341_110677_Numerical_File,_5-2500
Agency: Department of War
Incident date: 10/14/55
Incident location: Azerbaijan
Page 7
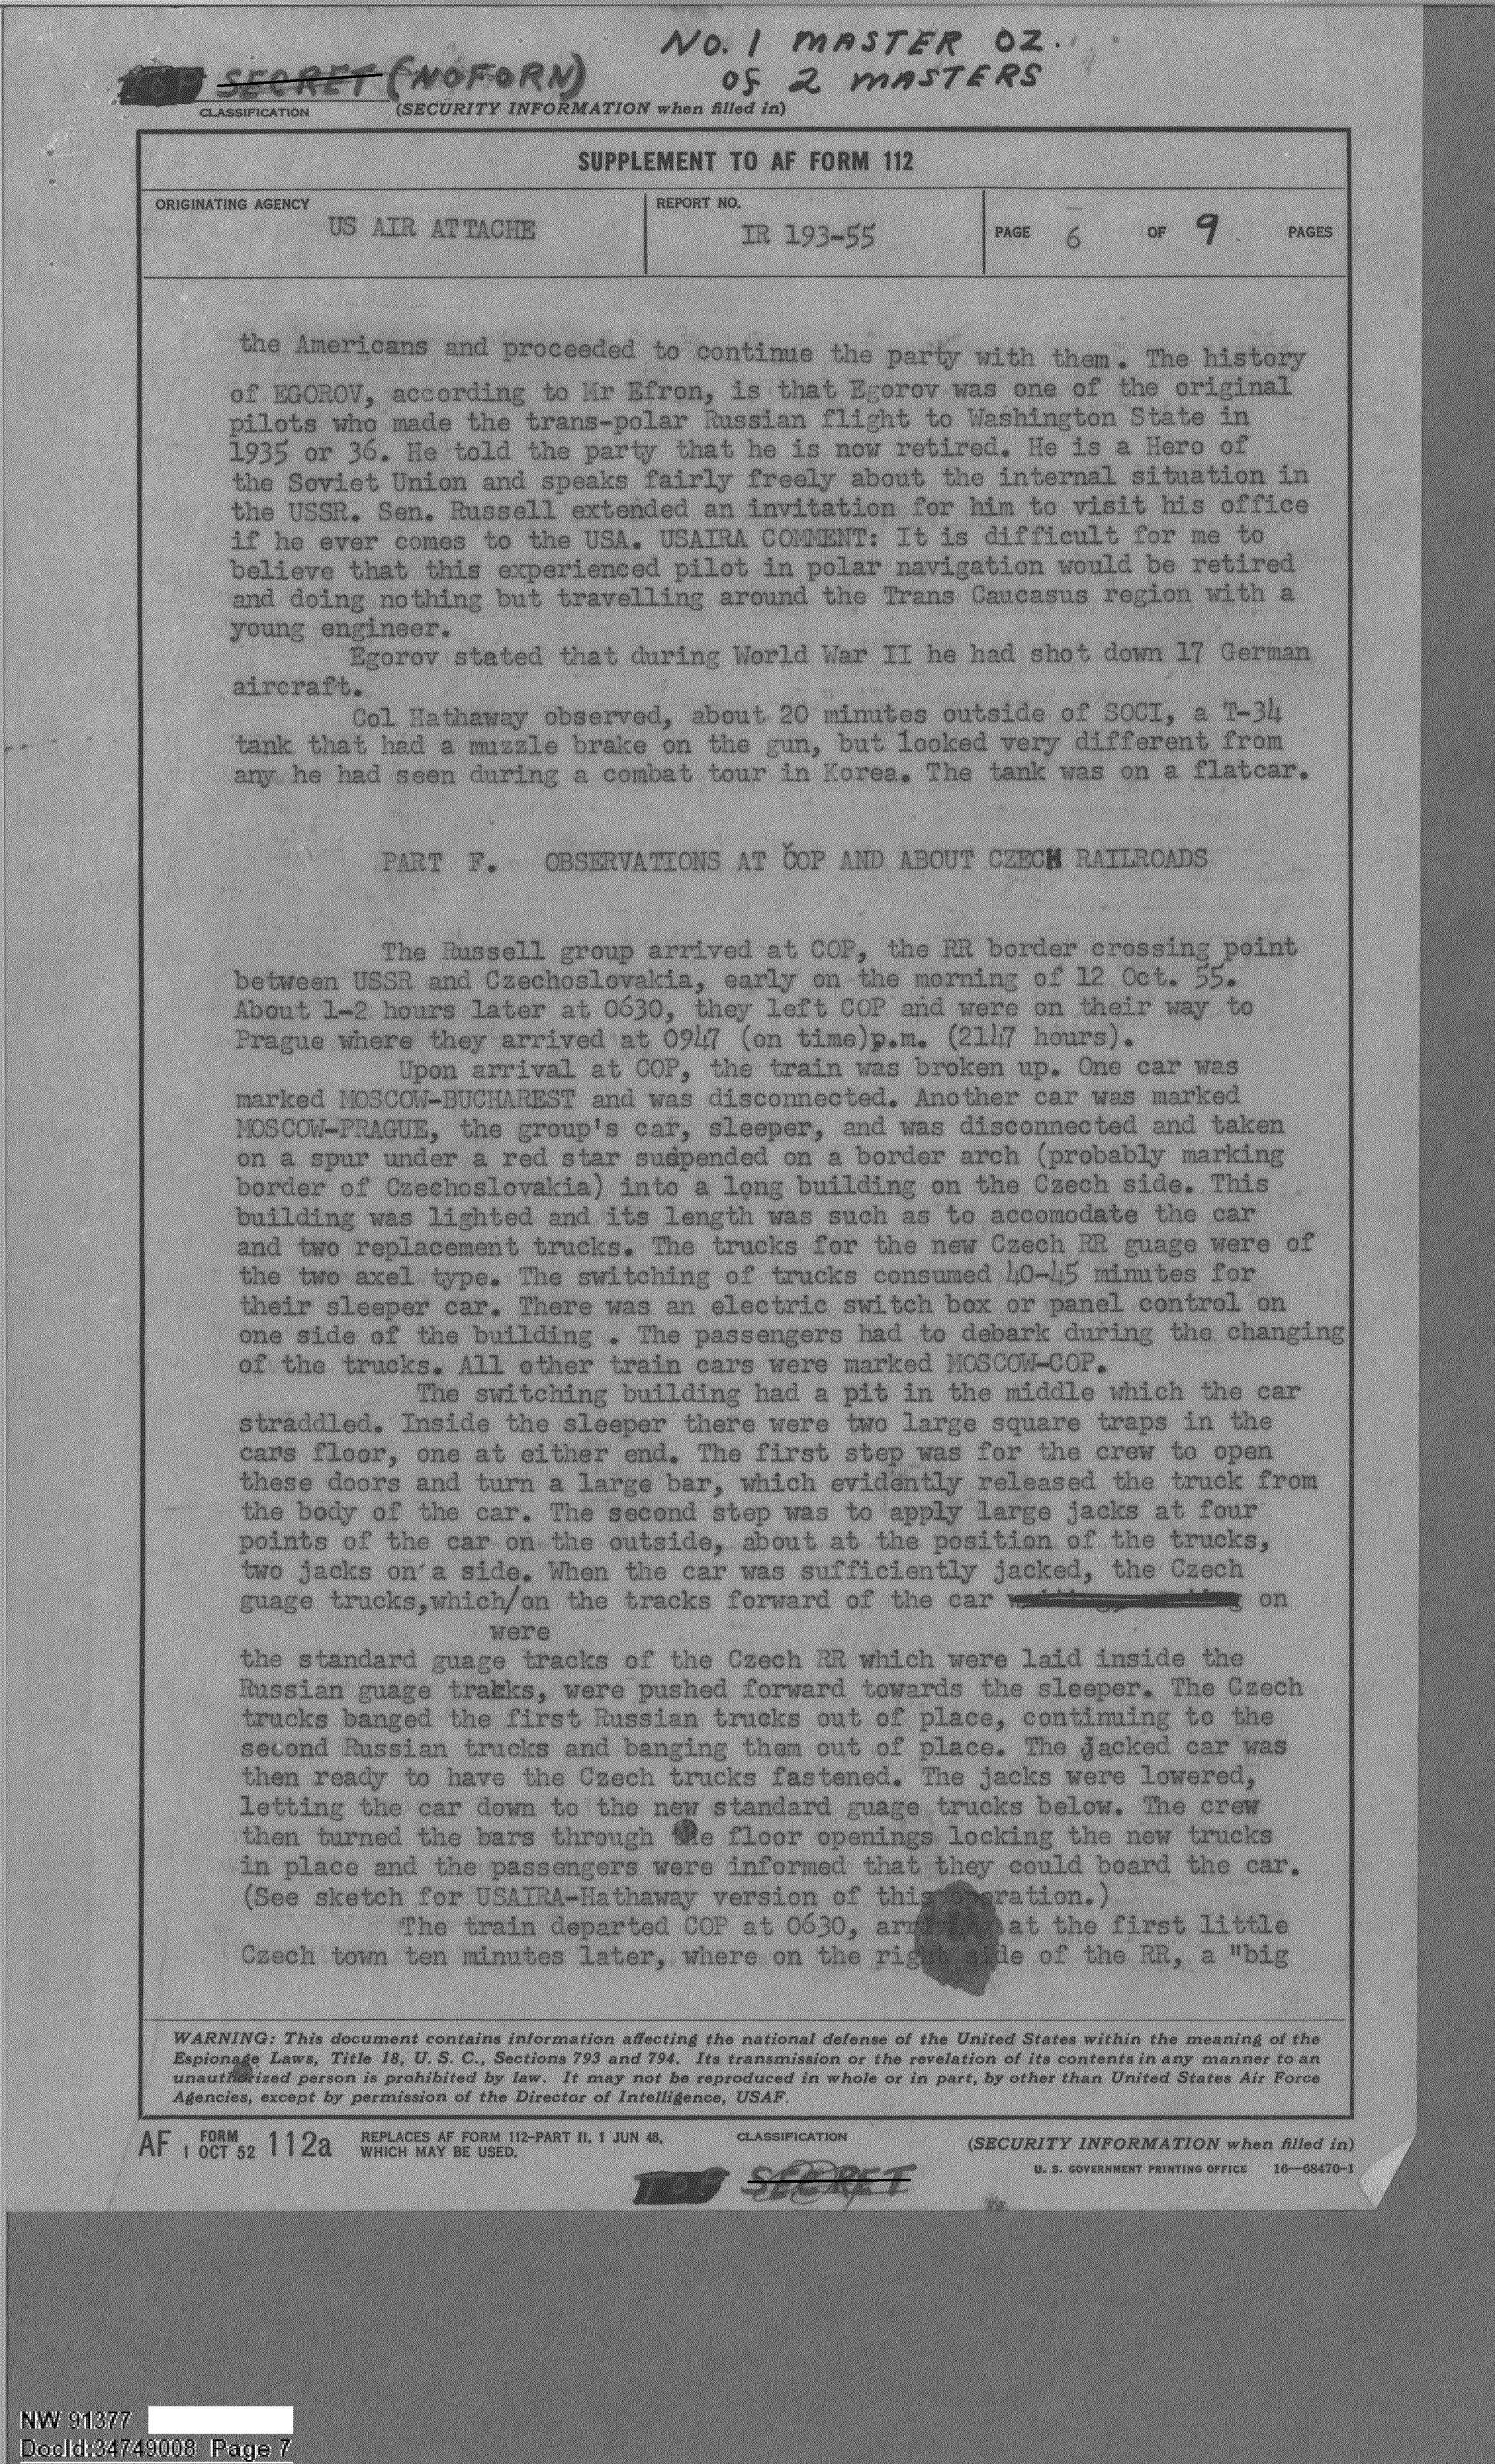